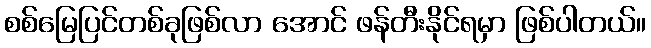
စစ်မြေပြင်တစ်ခုဖြစ်လာ အောင် ဖန်တီးနိုင်ရမှာ ဖြစ်ပါတယ်။